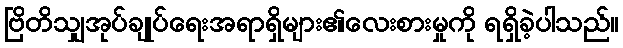
ဗြိတိသျှအုပ်ချုပ်ရေးအရာရှိများ၏လေးစားမှုကို ရရှိခဲ့ပါသည်။